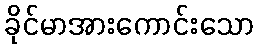
ခိုင်မာအားကောင်းသော